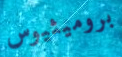
بروميثيوس